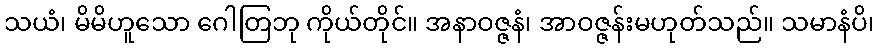
သယံ၊ မိမိဟူသော ဂေါတြဘု ကိုယ်တိုင်။ အနာဝဇ္ဇနံ၊ အာဝဇ္ဇန်းမဟုတ်သည်။ သမာနံပိ၊